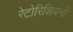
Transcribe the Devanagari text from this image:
रेटोरिशियनों